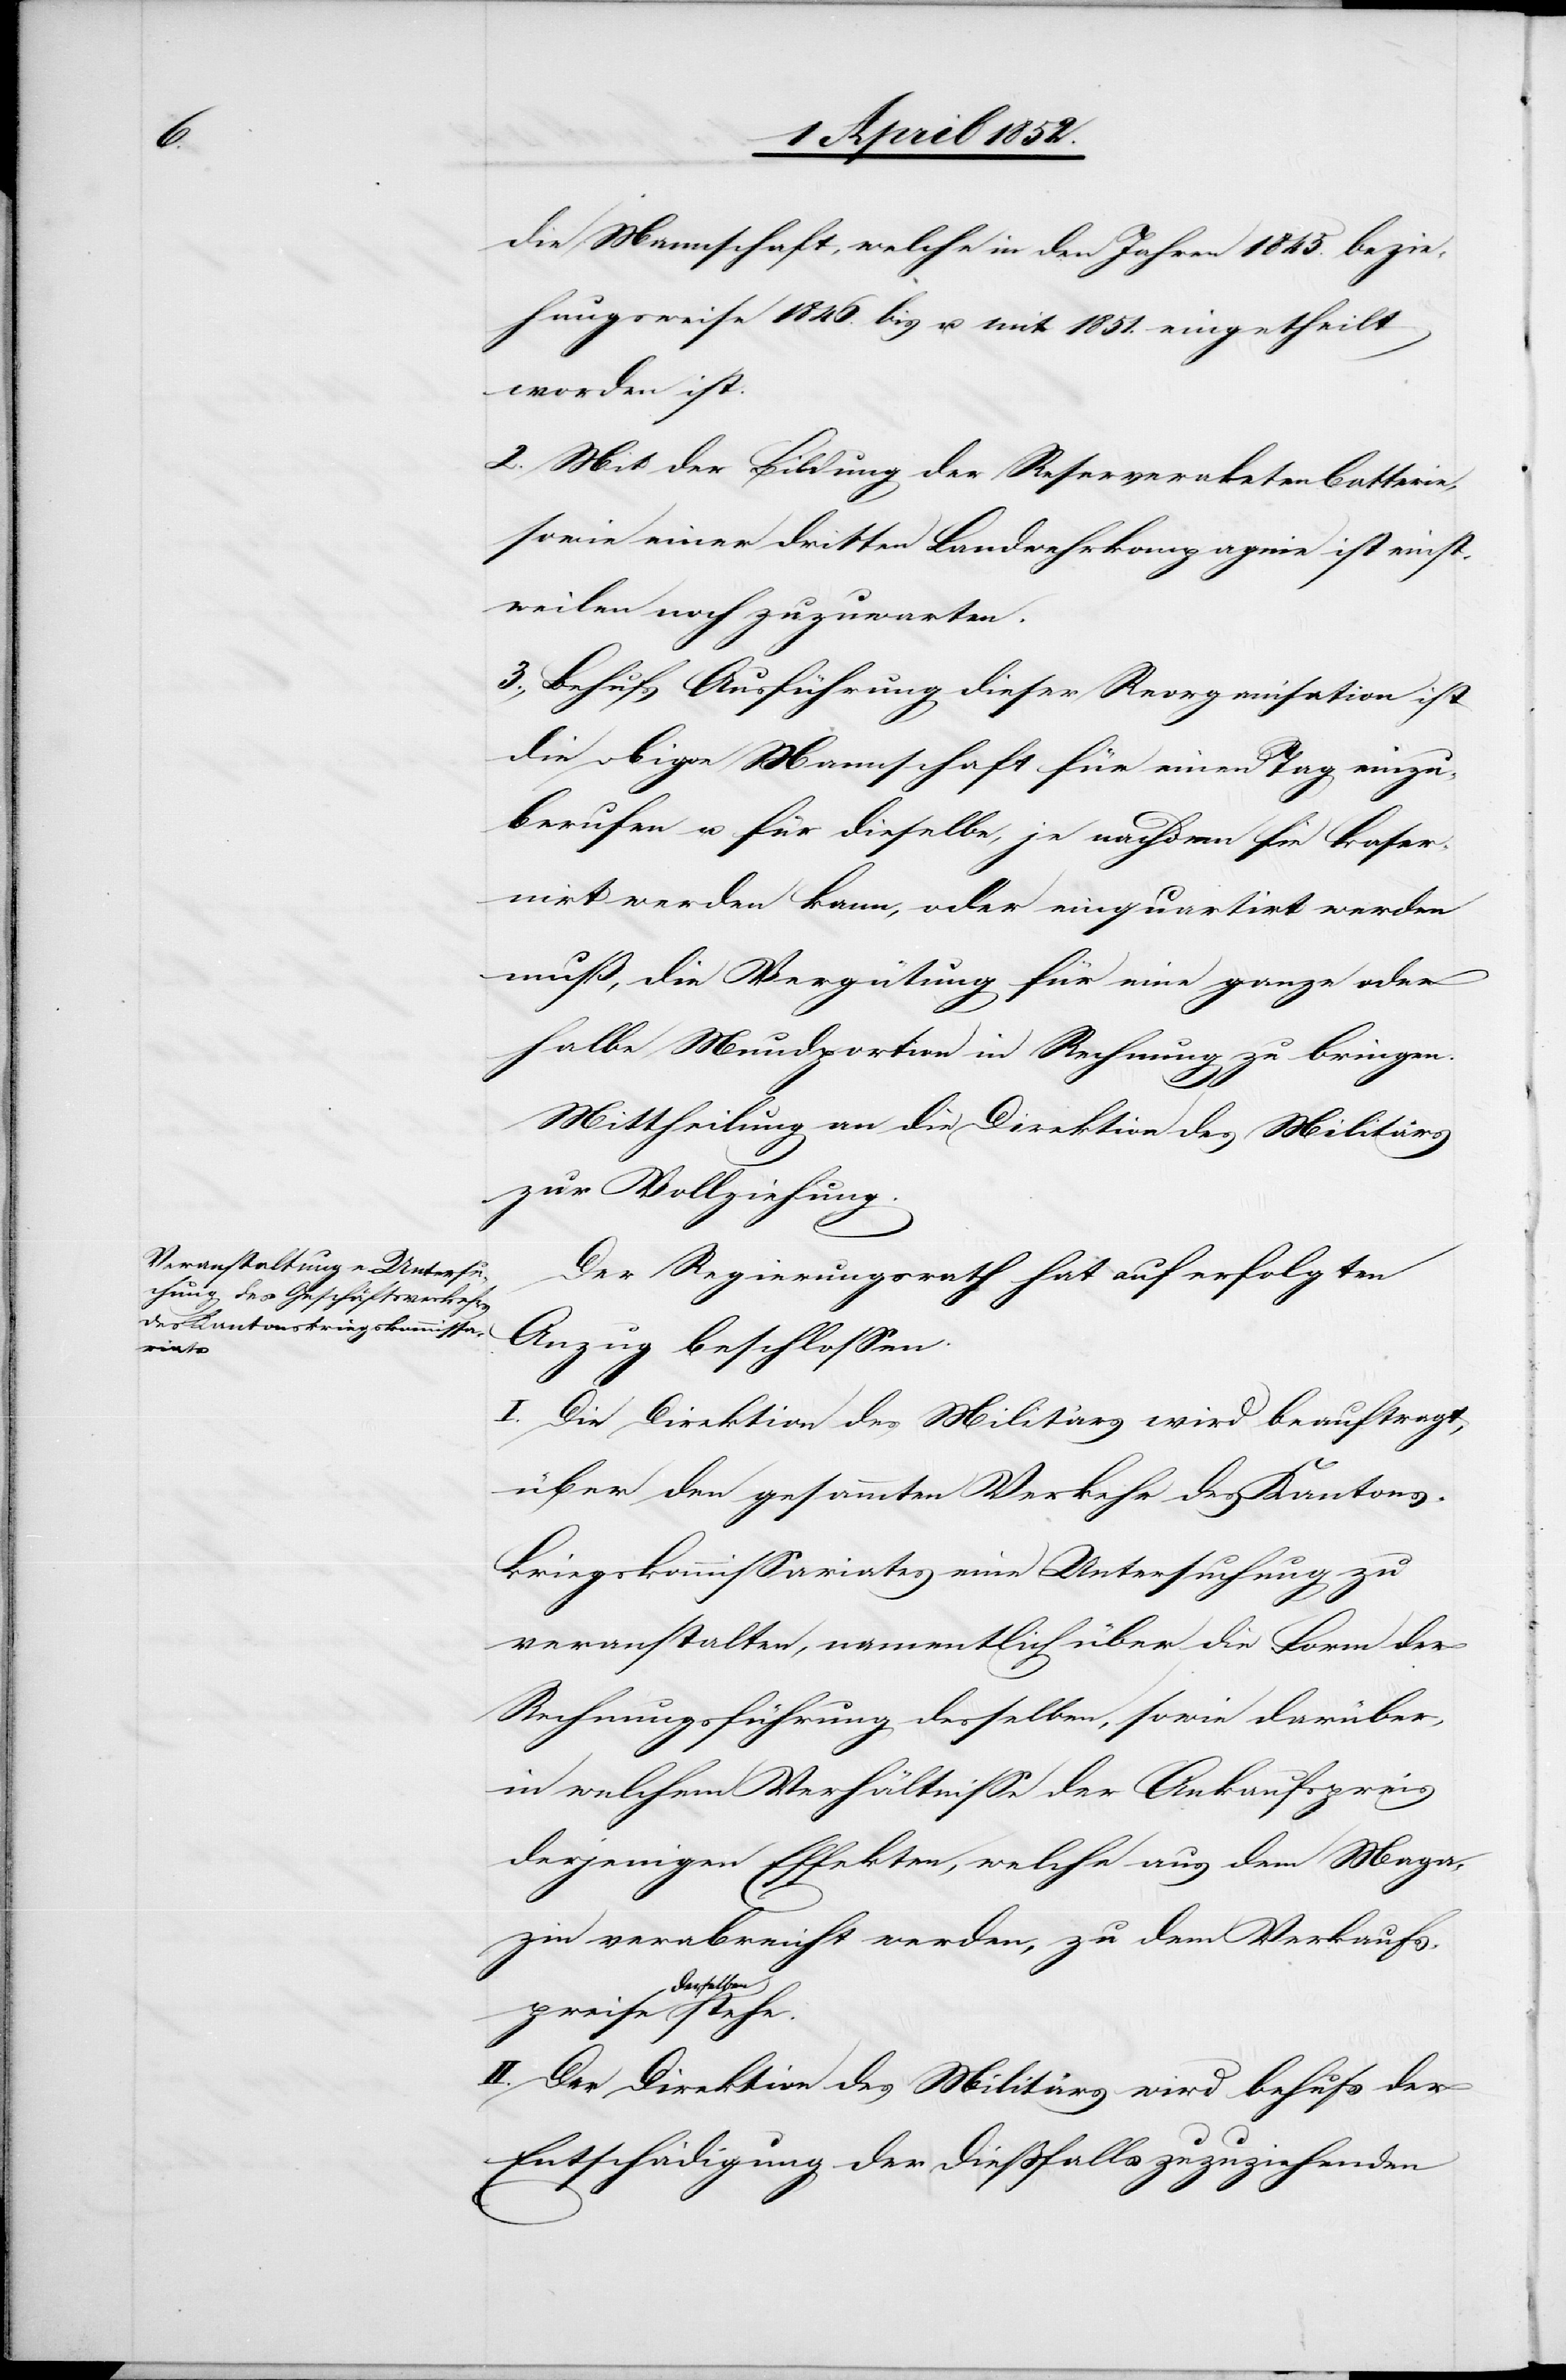
preise

die Mannschaft, welche in den Jahren 1845. bezie¬
hungsweise 1846. bis u. mit 1851. eingetheilt
worden ist.
2. Mit der Bildung der Reserveraketenbatterie,
sowie einer dritten Landwehrkompagnie ist einst¬
weilen noch zuzuwarten.
3., Behufs Ausführung dieser Reorganisation ist
die obige Mannschaft für einen Tag einzu¬
berufen u. für dieselbe, je nachdem sie kaser¬
nirt werden kann, oder einquartirt werden
muß, die Vergütung für eine ganze oder
halbe Mundportion in Rechnung zu bringen.
Mittheilung an die Direktion des Militärs
zur Vollziehung.
Der Regierungsrath hat auf erfolgten
Anzug beschlossen.
I. Die Direktion des Militärs wird beauftragt,
über den gesammten Verkehr des Kantons¬
kriegskommissariates eine Untersuchung zu
veranstalten, namentlich über die Form der
Rechnungsführung desselben, sowie darüber,
in welchem Verhältnisse der Ankaufspreis
derjenigen Effekten, welche aus dem Maga¬
zin verabreicht werden, zu dem Verkaufs¬
derselben
II. Der Direktion des Militärs wird behufs der
Entschädigung der diessfalls zuzuziehenden